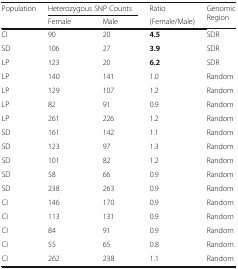
<table><thead><tr><td rowspan="2"><b>Population</b></td><td colspan="2"><b>Heterozygous SNP Counts</b></td><td><b>Ratio</b></td><td rowspan="2"><b>Genomic Region</b></td></tr><tr><td><b>Female</b></td><td><b>Male</b></td><td><b>(Female/Male)</b></td></tr></thead><tbody><tr><td>CI</td><td>90</td><td>20</td><td><b>4.5</b></td><td>SDR</td></tr><tr><td>SD</td><td>106</td><td>27</td><td><b>3.9</b></td><td>SDR</td></tr><tr><td>LP</td><td>123</td><td>20</td><td><b>6.2</b></td><td>SDR</td></tr><tr><td>LP</td><td>140</td><td>141</td><td>1.0</td><td>Random</td></tr><tr><td>LP</td><td>129</td><td>107</td><td>1.2</td><td>Random</td></tr><tr><td>LP</td><td>82</td><td>91</td><td>0.9</td><td>Random</td></tr><tr><td>LP</td><td>261</td><td>226</td><td>1.2</td><td>Random</td></tr><tr><td>SD</td><td>161</td><td>142</td><td>1.1</td><td>Random</td></tr><tr><td>SD</td><td>123</td><td>97</td><td>1.3</td><td>Random</td></tr><tr><td>SD</td><td>101</td><td>82</td><td>1.2</td><td>Random</td></tr><tr><td>SD</td><td>58</td><td>66</td><td>0.9</td><td>Random</td></tr><tr><td>SD</td><td>238</td><td>263</td><td>0.9</td><td>Random</td></tr><tr><td>CI</td><td>146</td><td>170</td><td>0.9</td><td>Random</td></tr><tr><td>CI</td><td>113</td><td>131</td><td>0.9</td><td>Random</td></tr><tr><td>CI</td><td>84</td><td>91</td><td>0.9</td><td>Random</td></tr><tr><td>CI</td><td>55</td><td>65</td><td>0.8</td><td>Random</td></tr><tr><td>CI</td><td>262</td><td>238</td><td>1.1</td><td>Random</td></tr></tbody></table>